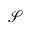
\mathcal { S }